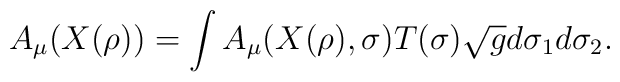
A_\mu(X(\rho)) = \int A_\mu(X(\rho), \sigma) T(\sigma) \sqrt{g} d\sigma_1 d\sigma_2.